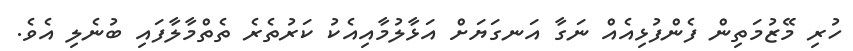
ހުރި މޭޒުމަތިން ފެންފުޅިއެއް ނަގާ އަނގަޔަށް އަޅާލުމާއިއެކު ކަރުތެރެ ތެތްމާލާފައި ބުނެލި އެވެ.